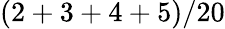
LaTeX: (2+3+4+5)/20